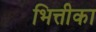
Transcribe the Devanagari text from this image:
भित्तीका